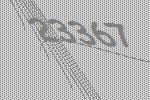
23367